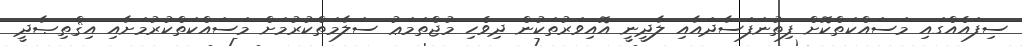
ސިފައެއްގައި މަސައްކަތްކޮށް ފިތުނަފަސާދައާއި ލާދީނީ އޮއިވަރުތަކުން ދިވެހި މުޖްތަމަޢު ސަލާމަތްކުރުމަށް މަސައްކަތްކުރުމަށާއި އިޤްތިޞާދީ